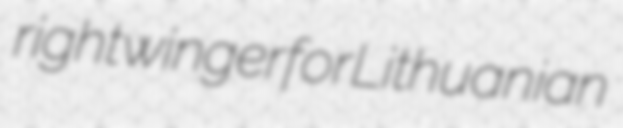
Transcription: right winger for Lithuanian